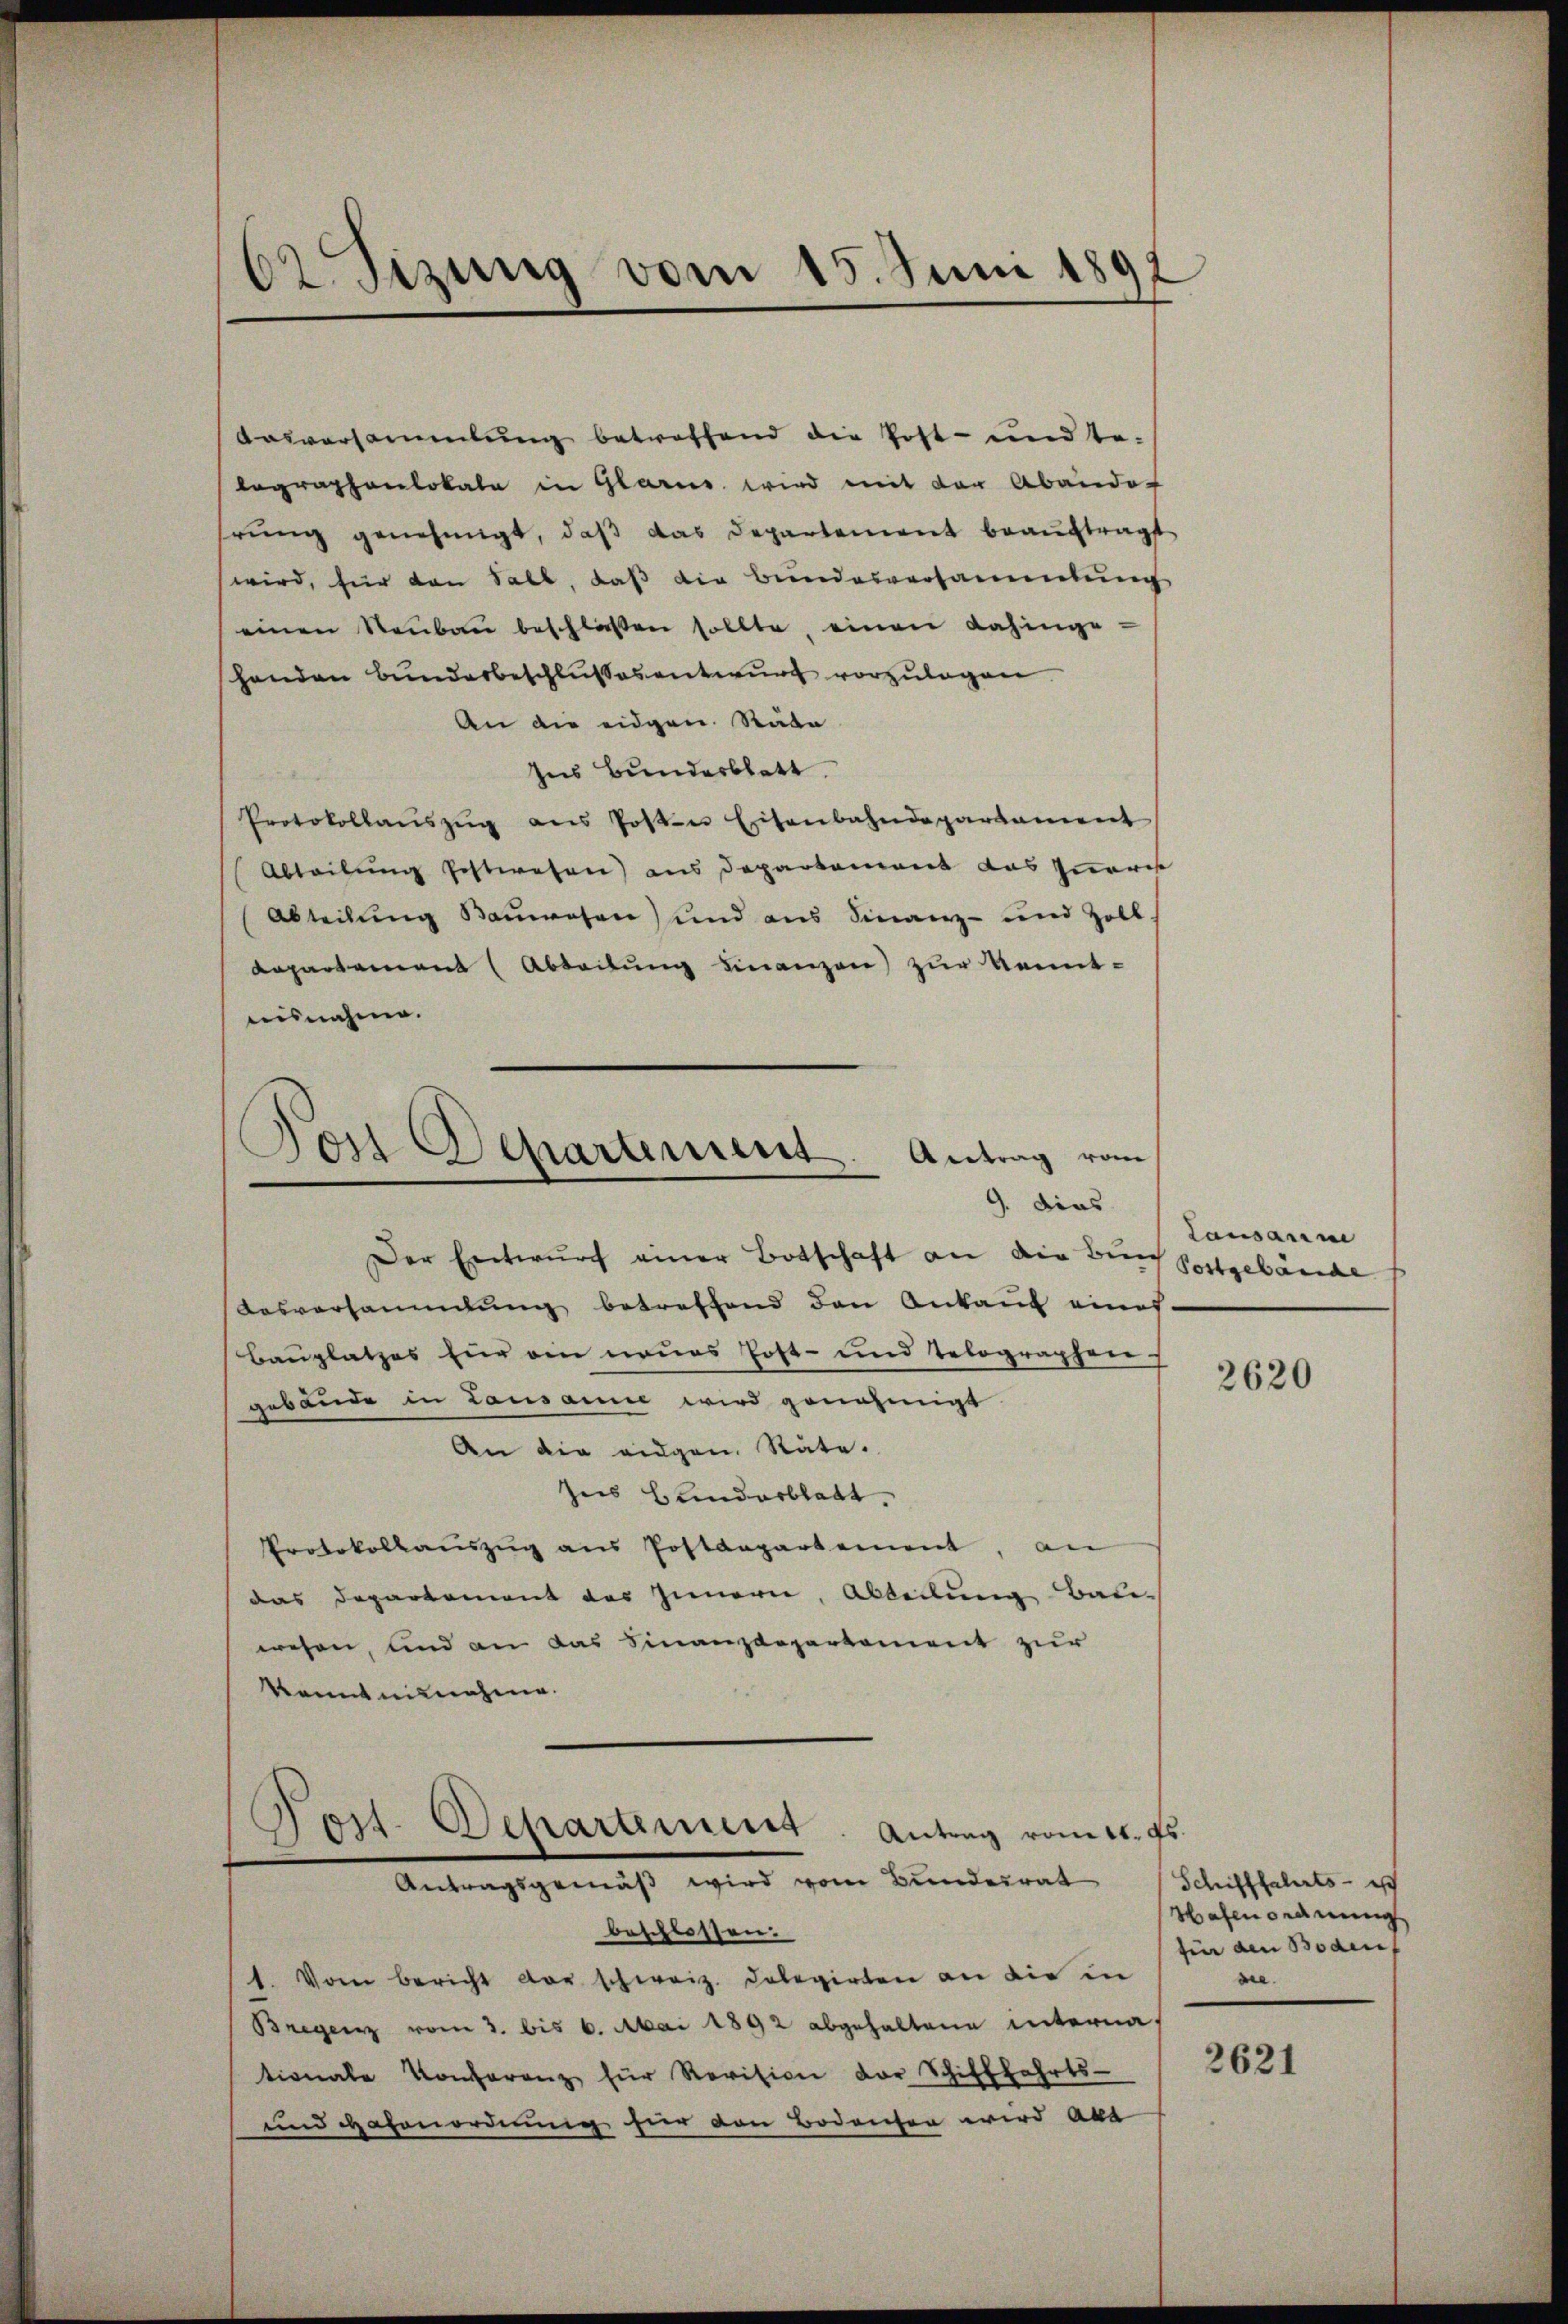
62. Sitzung vom 15. Juni 180
)

Pon-Departement. Antrag vom
Der Entwurf einer Botschaft an die Buch Postgebäude

Post. Departement. Antrag vom 11. ds.

Aasversammlung betreffend die Post- und be-
lographenlokale in Glarus wird mit der Abando-
hrung genehmigt, daß das Departement beauftragt
wird, für den Sall, daß die Bundesversammlung
einen Neubau beschloßen sollte einen dahinge
henden Bunderbeschlussesentwurf vorzulegen.
An die eidgen. Räte
Ins Bunderblatt.
Protokollaŭszŭg ans Posten Eisenbahndepartament
Abteilung festwesen) aus Departement das Ineres
Abteilung Bauwesen) und aus Finanz- und Zoll.
Repartement (Abbeitung Finanzen) zur Kenntaisnahme.
9. dies
Aasversammlung betreffend den Ankauf eines
Bauplatzes für ein neues Post- und Telographerrs
gebäude in Lausanie wird genehmigt
An die augen. Stäte.
Zus Hunderblatt.
Protokollaŭszŭg ans Postdepartement, an
das Departement des Innern, Abteilung Bau-
wesen, und an das Finanzdepartement zur
Kenntnisnahme.
Antragsgemäβ wird vom Bŭndesrat Schifffahrts- ist
beschlossen.
1. Vom bericht der schweiz. Kolegirten an die in
Bregenz vom 3. bis 6. Mai 1892 abgehaltene interna
tionale Konferenz für Revision der Schifffahrts-
und Hafenordnung hier den Bodensen wird abe

Lausann

2620

Mahenordnung
für den Bodenf
die.

2621